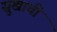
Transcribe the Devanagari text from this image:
सुखाचीं